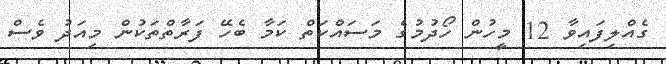
ގެއްލިފައިވާ 12 މީހުން ހޯދުމުގެ މަސައްކަތް ކަމާ ބެހޭ ފަރާތްތަކުން މިއަދު ވެސް